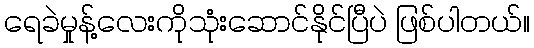
ရေခဲမှုန့်လေးကိုသုံးဆောင်နိုင်ပြီပဲ ဖြစ်ပါတယ်။